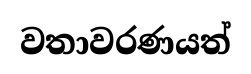
වතාවරණයත්